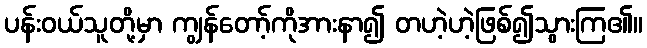
ပန်းဝယ်သူတို့မှာ ကျွန်တော့်ကိုအားနာ၍ တဟဲ့ဟဲ့ဖြစ်၍သွားကြ၏။